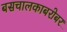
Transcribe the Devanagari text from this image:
बसचालकाबरोबर